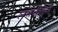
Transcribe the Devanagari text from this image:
लघवीतून